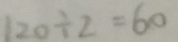
1 2 0 \div 2 = 6 0